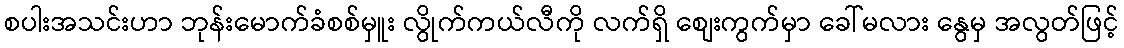
စပါးအသင်းဟာ ဘုန်းမောက်ခံစစ်မှူး လွိုက်ကယ်လီကို လက်ရှိ စျေးကွက်မှာ ခေါ်မလား နွေမှ အလွတ်ဖြင့်